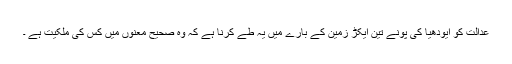
عدالت کو ایودھیا کی پونے تین ایکڑ زمین کے بارے میں یہ طے کرنا ہے کہ وہ صحیح معنوں میں کس کی ملکیت ہے ۔